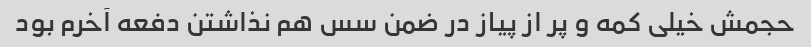
حجمش خیلی کمه و پر از پیاز در ضمن سس هم نذاشتن دفعه آخرم بود